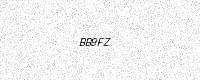
Text: BB9FZ